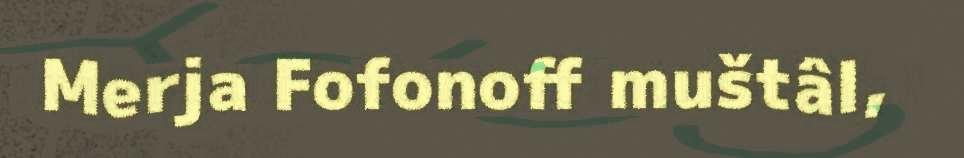
Merja Fofonoff muštâl,